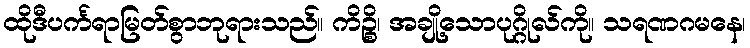
ထိုဒီပင်္ကရာမြတ်စွာဘုရားသည်။ ကိဉ္စိ၊ အချို့သောပုဂ္ဂိုလ်ကို။ သရဏဂမနေ၊